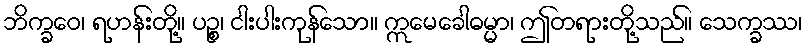
ဘိက္ခဝေ၊ ရဟန်းတို့။ ပဉ္စ၊ ငါးပါးကုန်သော။ ဣမေခေါဓမ္မာ၊ ဤတရားတို့သည်။ သေက္ခဿ၊